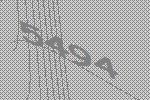
5494